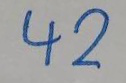
42